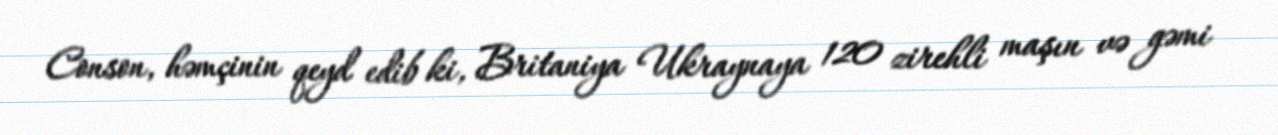
Conson, həmçinin qeyd edib ki, Britaniya Ukraynaya 120 zirehli maşın və gəmi